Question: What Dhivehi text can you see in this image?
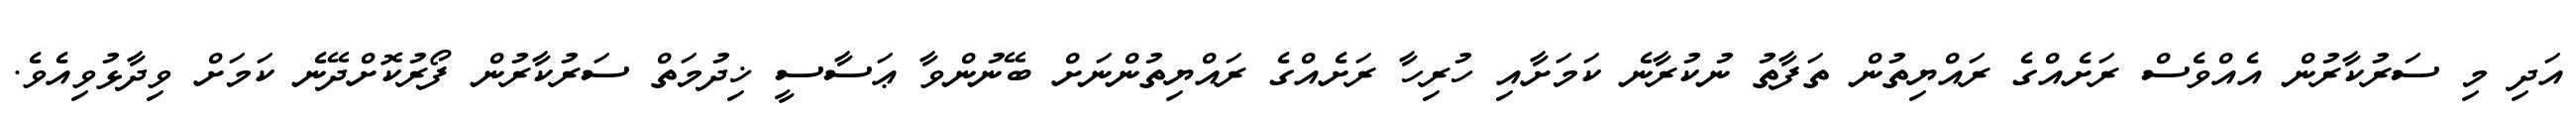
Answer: އަދި މި ސަރުކާރުން އެއްވެސް ރަށެއްގެ ރައްޔިތުން ތަފާތު ނުކުރާނެ ކަމަށާއި ހުރިހާ ރަށެއްގެ ރައްޔިތުންނަށް ބޭނުންވާ ޢަސާސީ ޚިދުމަތް ސަރުކާރުން ފޯރުކޮށްދޭނެ ކަމަށް ވިދާޅުވިއެވެ.